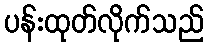
ပန်းထုတ်လိုက်သည်